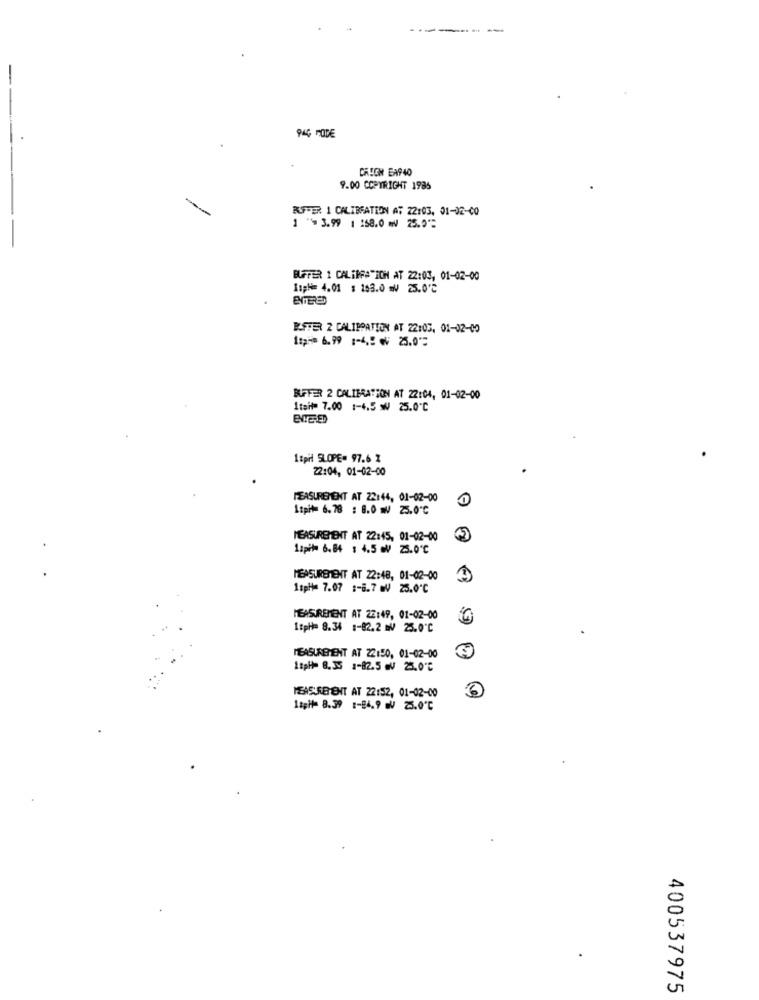
---
CRICH EA940
9.00 COPYRIGHT 1985
BUFFER 1 CALIBRATION AT 22:03, 01-02-00
1 ** 3.99 1 158.0 m 25.0'=
BUFFER 1 CALIBRATION AT 22:03, 01-02-00
Impli= 4.01 : 153.0 = 25.0℃
BUFFER 2 CALIBRATION AT 22:03. 01-02-00
1:p == 6.99 :- 4 .: ₩ 25.0'=
BUFFER 2 CALIBRATION AT 22:04, 01-02-00
1tait= 7.00 1-4.5 ₩ 25.0"℃
1:pil SLOPE= 97.6 2
22:04, 01-02-00
MEASUREMENT AT 22:44, 01-02-00
1:pit= 6.78 : 8.0 m 25.0'℃
MEASUREMENT AT 22:45, 01-02-00
1spil 6.84 : 4.5 . 25.0'℃
MEASUREMENT AT 22:48, 01-02-00
1spl= 7.07 :- 8.7 . 25.0℃
MEASUREMENT AT 22:49, 01-02-00
1:pi == 8.34 1-82.2 : 25.0'℃
MEASUREMENT AT 22150, 01-02-00
MEASUREMENT AT 22:52, 01-02-00
11pit- 8.39 1-84.9 - 25.0'℃
400537975